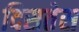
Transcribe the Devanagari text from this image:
दिसतेस